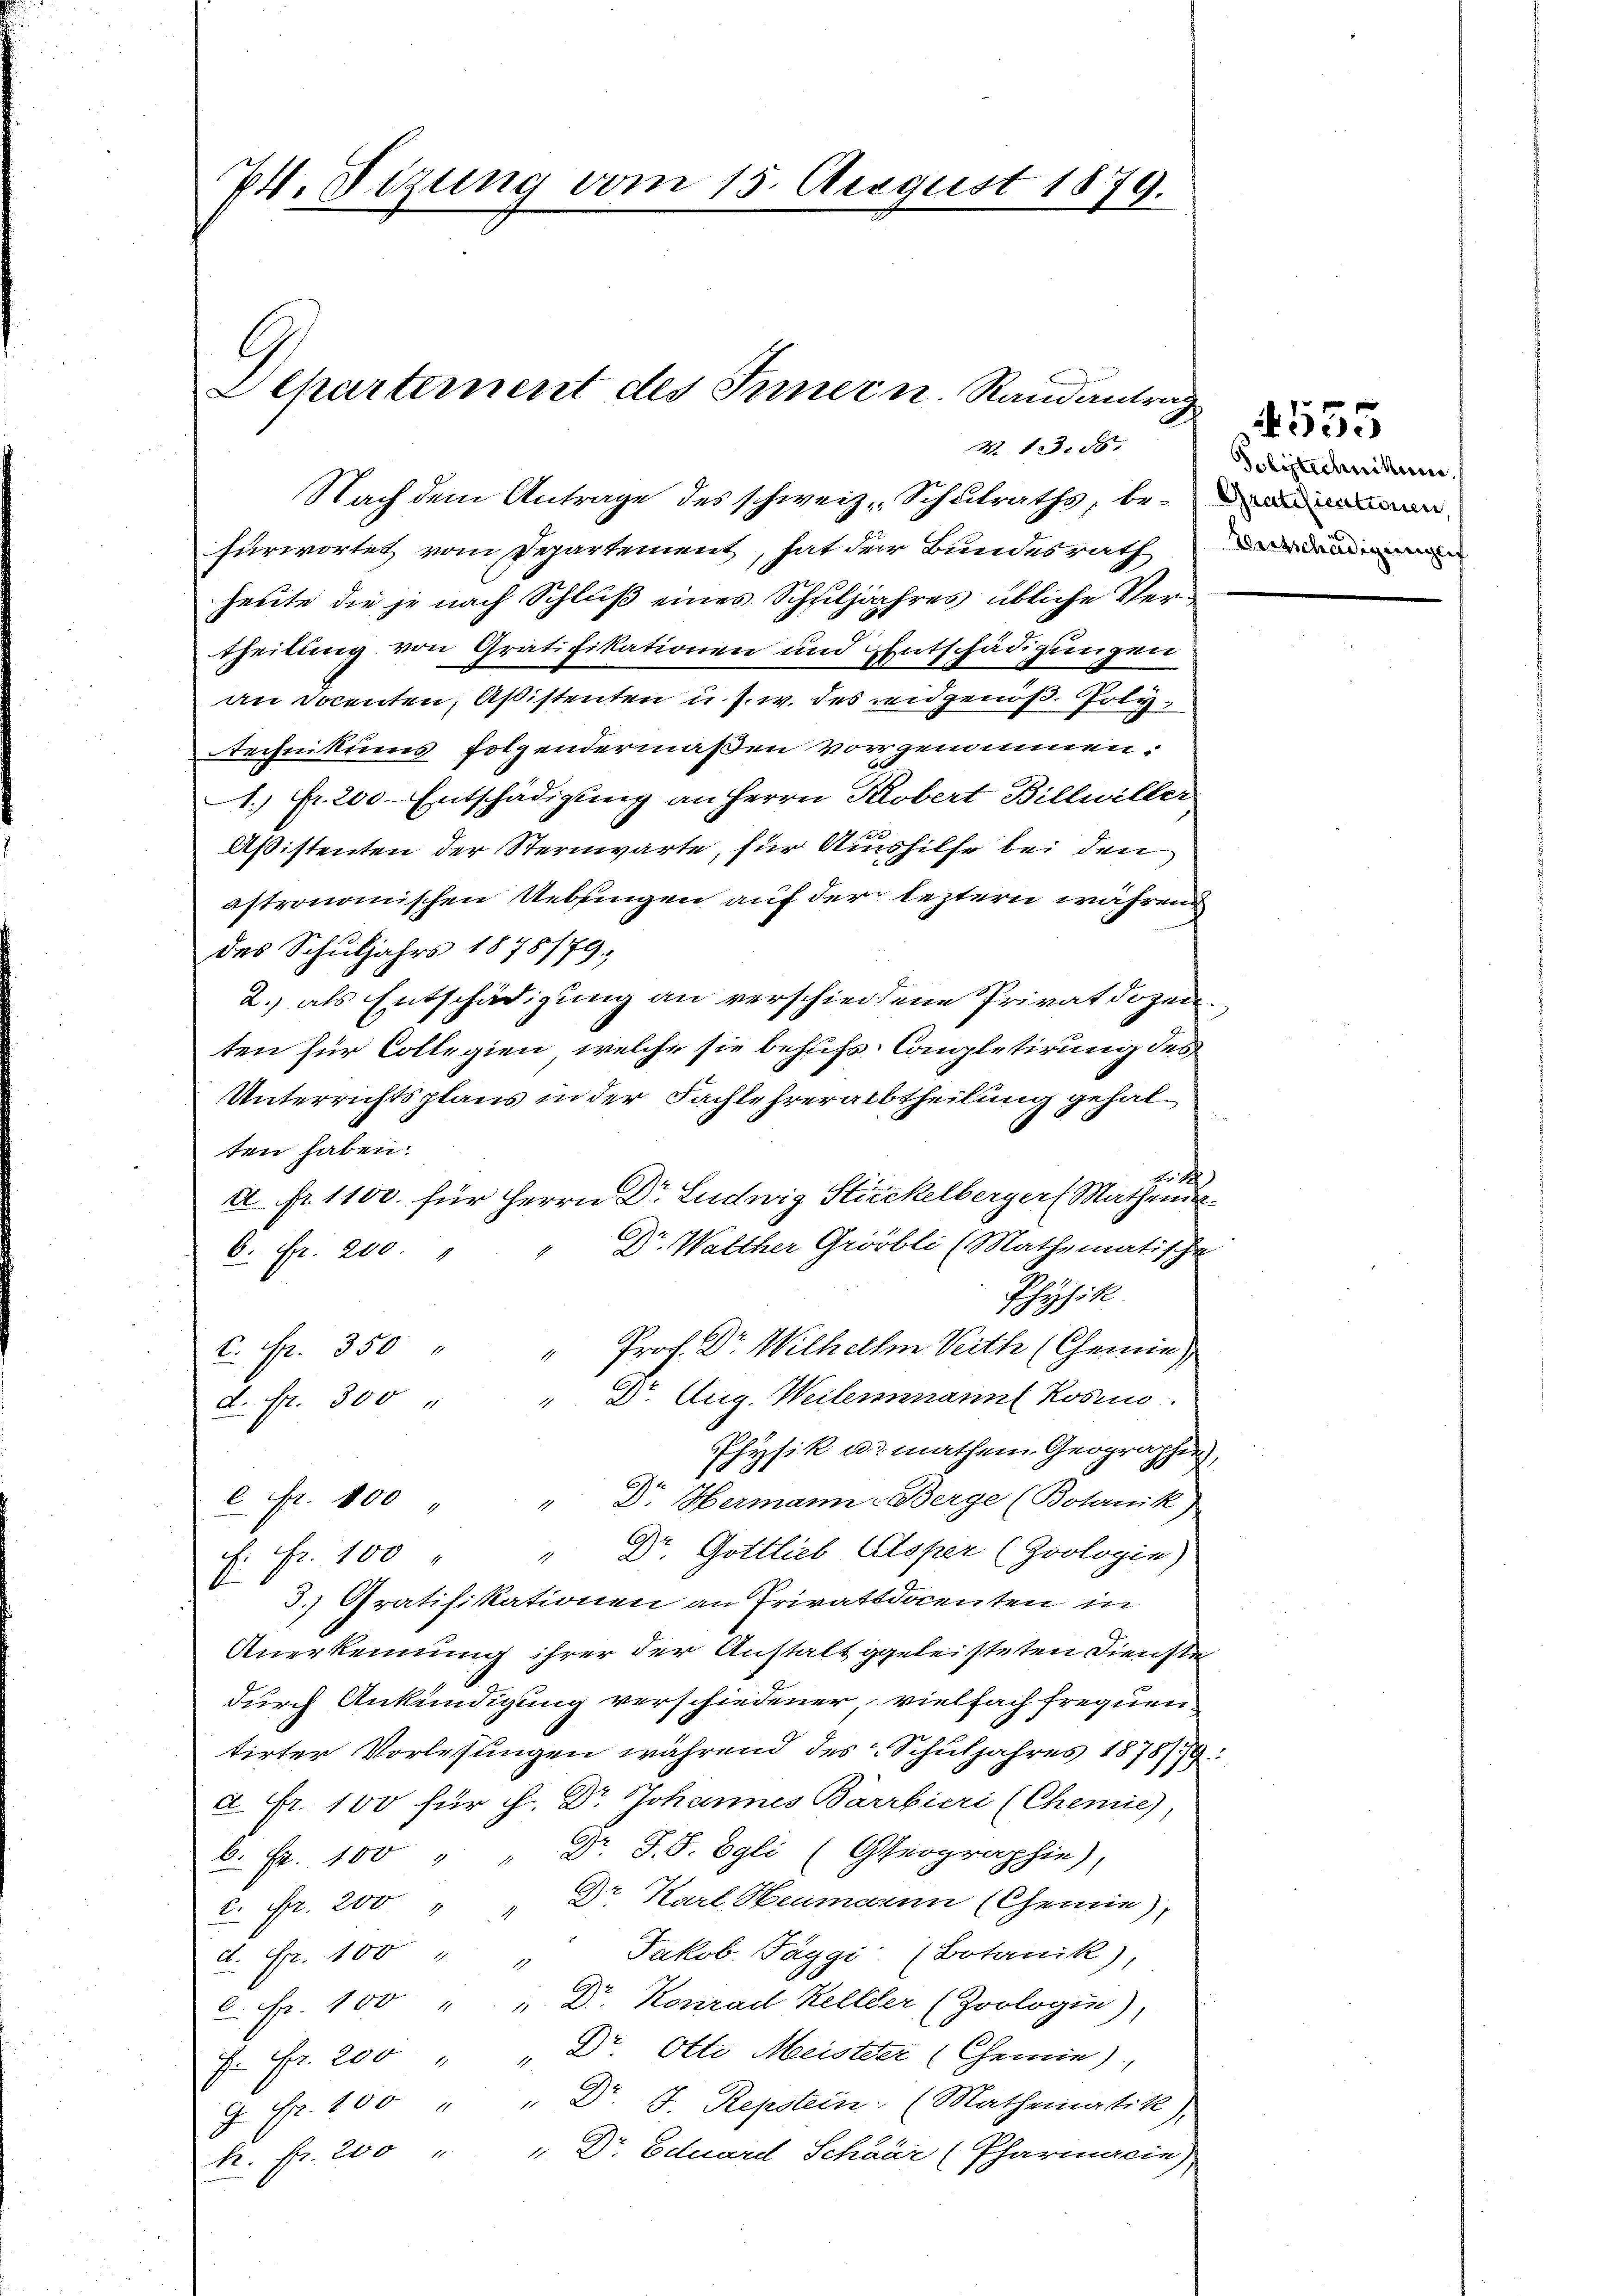
Pt. Sizung vom 15. August 1879.

heerwortet vom Departement, hat der Bundesrathenden
heute die je nach Schluß eines Schuljahres übliche Vertheilung von Gratifikationen und Entschädigungen
an Docenten Aßistenten u. s. w. des eidgenöß. Poly¬
Technikums folgendermaßen vorgenommen.
1.) Fr. 200. Entschädigung an Herrn Klobert Billwiller
Aßistenten der Sternwarte, für Aushilfe bei den
astronomischen Uebsingen auf der leztern während
des Schuljahrs 1878/79;
2.) als Entschädigung an verschiedene Privatdozenten für Collegien, welche sie behufs Completirung des
Unterrichtsplans in der Fachlehrerabtheilung gehalten haben.
24.
a. Fr. 1100. für Herrn Dr. Ludwig Stickelberger Mathender¬
6. Fr. 200. " " Dr. Walther Gröbli (Mathematische
Physik
c. Fr. 350 " " Prof. Dr. Wilhelm Veith (Chemie
d. fr. 300 " " Dr. Aug. Weilemmann Rosen
Physik u. mathen Geographie,
94.
 Fr. 100 " " D. Hermann-Berge (Botanik)
" Dr. Gottlieb Asper (Zoologin)
E: Fr. 100
3.) Gratifikationen an Privattdocenten in
Anerkennung ihrer der Anstalt geleisteten Dienste
durch Ankündigung verschiedener vielfach frequentirter Vorlesungen während des Schuljahres 1878/9.
a Fr. 100 für H. Dr. Johannes Bärrbieri (Chemie),
6. Fr. 100 " " Dr. F. S. Egli (Geographie),
2. Fr. 200 " " Dr. Karl Heumann (Chemie
d. Fr. 100 " " Jakob. Taggi (Botanik),
6. Fr. 100 " " Dr. Konrad Kelter (Zoologin),
f. Fr. 200 " " Dr. Otto Meister (Chemie)
G. Fr. 100 " " Dr. J. Repstein (Mathematik)
k. fr. 200 " " Dr. Eduard Schaar (Pharmacie)

l
Elharternent des Inner u. Randantrag
M 1 S. 85.
Nach dem Antrage des schweiz. Schulraths, be¬

Polstechnikum

555